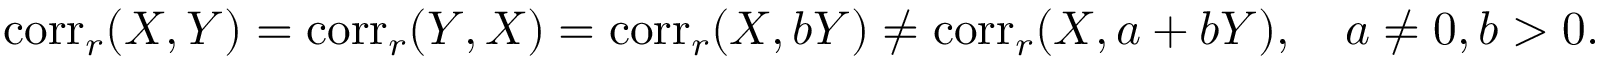
\operatorname { c o r r } _ { r } ( X , Y ) = \operatorname { c o r r } _ { r } ( Y , X ) = \operatorname { c o r r } _ { r } ( X , b Y ) \neq \operatorname { c o r r } _ { r } ( X , a + b Y ) , \quad a \neq 0 , b > 0 .